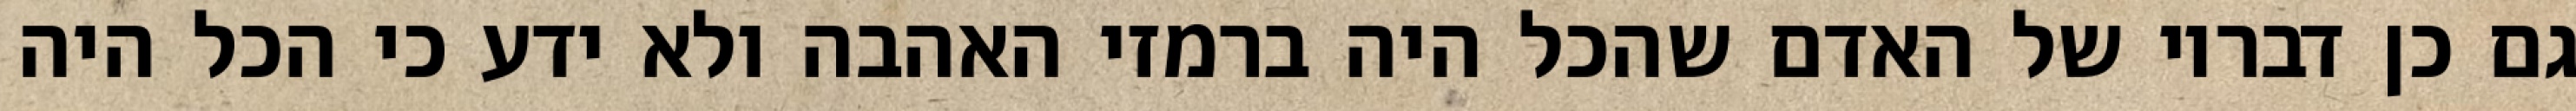
גם כן דבריו של האדם שהכל היה ברמזי האהבה ולא ידע כי הכל היה